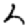
Digit: 2